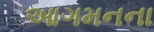
આગમનના